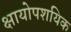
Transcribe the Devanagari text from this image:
क्षायोपशयिक